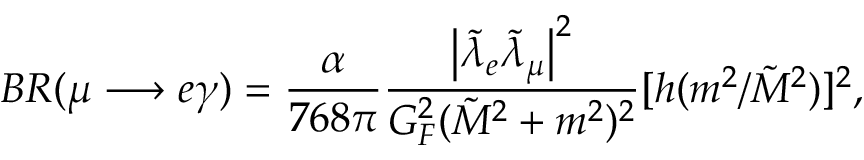
B R ( \mu \longrightarrow e \gamma ) = \frac { \alpha } { 7 6 8 \pi } \frac { \left| \tilde { \lambda } _ { e } \tilde { \lambda } _ { \mu } \right| ^ { 2 } } { G _ { F } ^ { 2 } ( \tilde { M } ^ { 2 } + m ^ { 2 } ) ^ { 2 } } [ h ( m ^ { 2 } / \tilde { M } ^ { 2 } ) ] ^ { 2 } ,